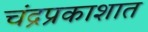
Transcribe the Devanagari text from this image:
चंद्रप्रकाशात